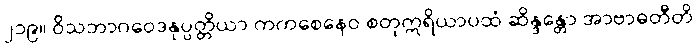
၂၁၉။ ဝိသဘာဂဝေဒနုပ္ပတ္တိယာ ကကစေနေဝ စတုဣရိယာပထံ ဆိန္ဒန္တော အာဗာဓတီတိ